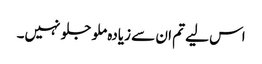
اس لیے تم ان سے زیادہ ملو جلو نہیں۔